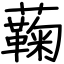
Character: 蘜